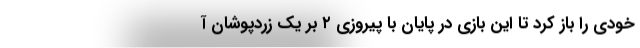
خودی را باز کرد تا این بازی در پایان با پیروزی ۲ بر یک زردپوشان آ